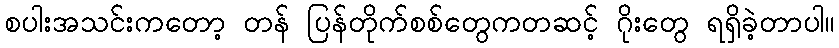
စပါးအသင်းကတော့ တန် ပြန်တိုက်စစ်တွေကတဆင့် ဂိုးတွေ ရရှိခဲ့တာပါ။